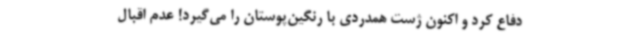
دفاع کرد و اکنون ژست همدردی با رنگین‌پوستان را می‌گیرد! عدم اقبال